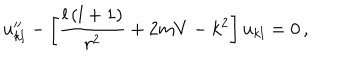
u _ { k l } ^ { \prime \prime } - \left[ \frac { l \left( l + 1 \right) } { r ^ { 2 } } + 2 m V - k ^ { 2 } \right] u _ { k l } = 0 \, ,